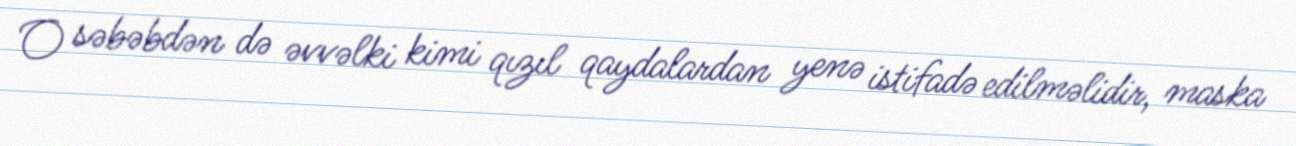
O səbəbdən də əvvəlki kimi qızıl qaydalardan yenə istifadə edilməlidir, maska